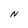
Character: N